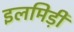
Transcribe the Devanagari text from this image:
इलमिड़ी